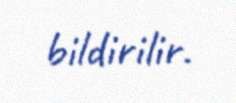
bildirilir.